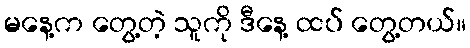
မနေ့က တွေ့တဲ့ သူကို ဒီနေ့ ထပ် တွေ့တယ်။